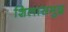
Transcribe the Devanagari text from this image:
शिलासमुद्र